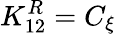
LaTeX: K_{12}^{R}=C_{\xi}